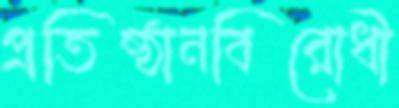
প্রতিষ্ঠানবিরোধী